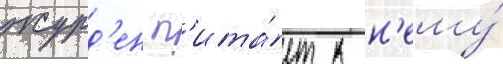
журд'ен п'ита́ет к н'ему́